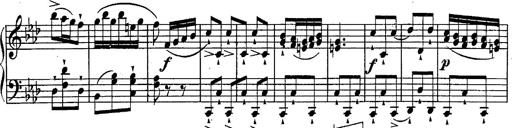
Title: Schubert's Impromptus [revised and edited by Franz Liszt]
Composer: Franz Liszt